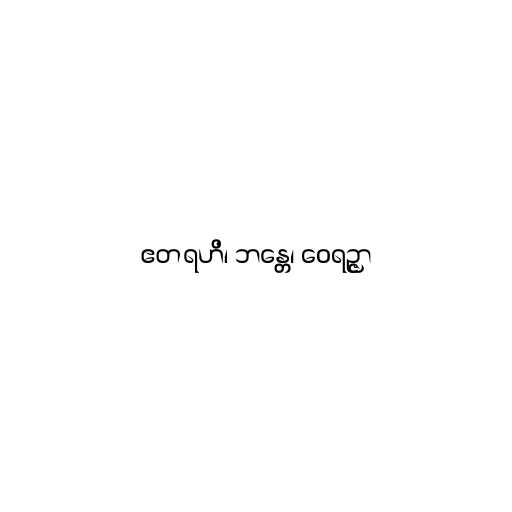
ဧတရဟိ၊ ဘန္တေ၊ ဝေရဉ္ဇာ